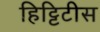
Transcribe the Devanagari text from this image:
हिट्टिटीस